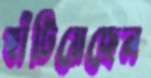
হাঁটিয়েছেন